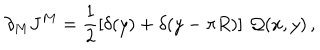
LaTeX: \partial _ { M } J ^ { M } = \frac { 1 } { 2 } \left[ \delta ( y ) + \delta ( y - \pi R ) \right] \, { \cal Q } ( x , y ) \, ,